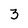
Character: 3